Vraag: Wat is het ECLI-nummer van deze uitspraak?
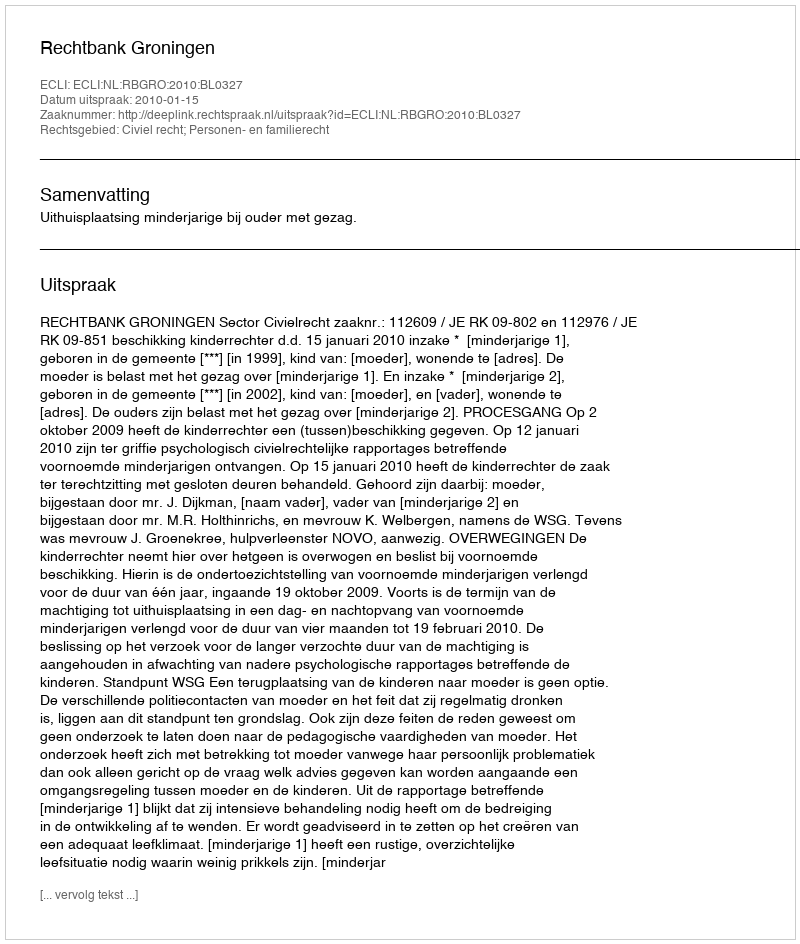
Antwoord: ECLI:NL:RBGRO:2010:BL0327